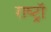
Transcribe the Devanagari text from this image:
राष्ट्रॉ